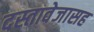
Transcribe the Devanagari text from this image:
दस्तावेजासह